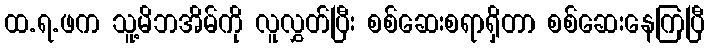
ထ.ရ.ဖက သူ့မိဘအိမ်ကို လူလွှတ်ပြီး စစ်ဆေးစရာရှိတာ စစ်ဆေးနေကြပြီ